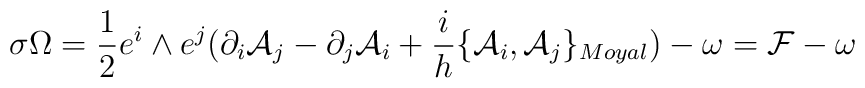
\sigma \Omega=\frac{1}{2} e^{i}\wedge  e^{j}(\partial_{i}{\cal     {A}}_{j} - \partial_{j}{\cal {A}}_{i}  + \frac{i}{h}\{{\cal     {A}}_{i},{\cal{A}}_{j}\}_{Moyal}) - \omega = {\cal     {F}} - \omega